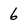
Character: 6